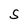
Character: S